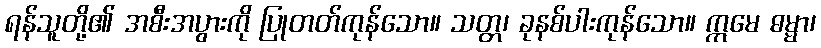
ရန်သူတို့၏ အစီးအပွားကို ပြုတတ်ကုန်သော။ သတ္တ၊ ခုနစ်ပါးကုန်သော။ ဣမေ ဓမ္မာ၊